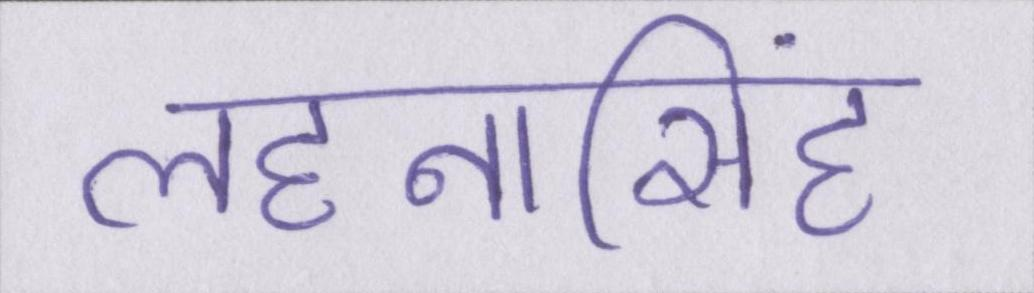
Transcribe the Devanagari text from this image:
लहनासिंह